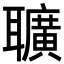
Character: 𦘅